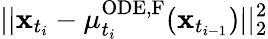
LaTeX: ||\mathbf{x}_{t_{i}}-\mu_{t_{i}}^{\mathrm{ODE,F}}(\mathbf{x}_{t_{i-1}})||_{2}^{2}